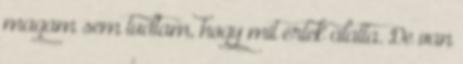
magam sem tudtam, hogy mit értek alatta. De van